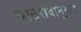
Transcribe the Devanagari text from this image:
याठरावानुसार